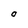
Character: O